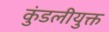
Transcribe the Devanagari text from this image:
कुंडलीयुक्त